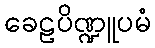
ခေဠပိဏ္ဍူပမံ